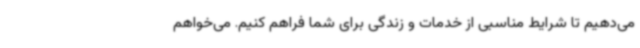
می‌دهیم تا شرایط مناسبی از خدمات و زندگی برای شما فراهم کنیم. می‌خواهم